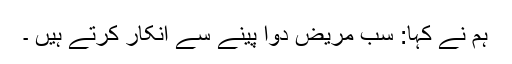
ہم نے کہا: سب مریض دوا پینے سے انکار کرتے ہیں ۔